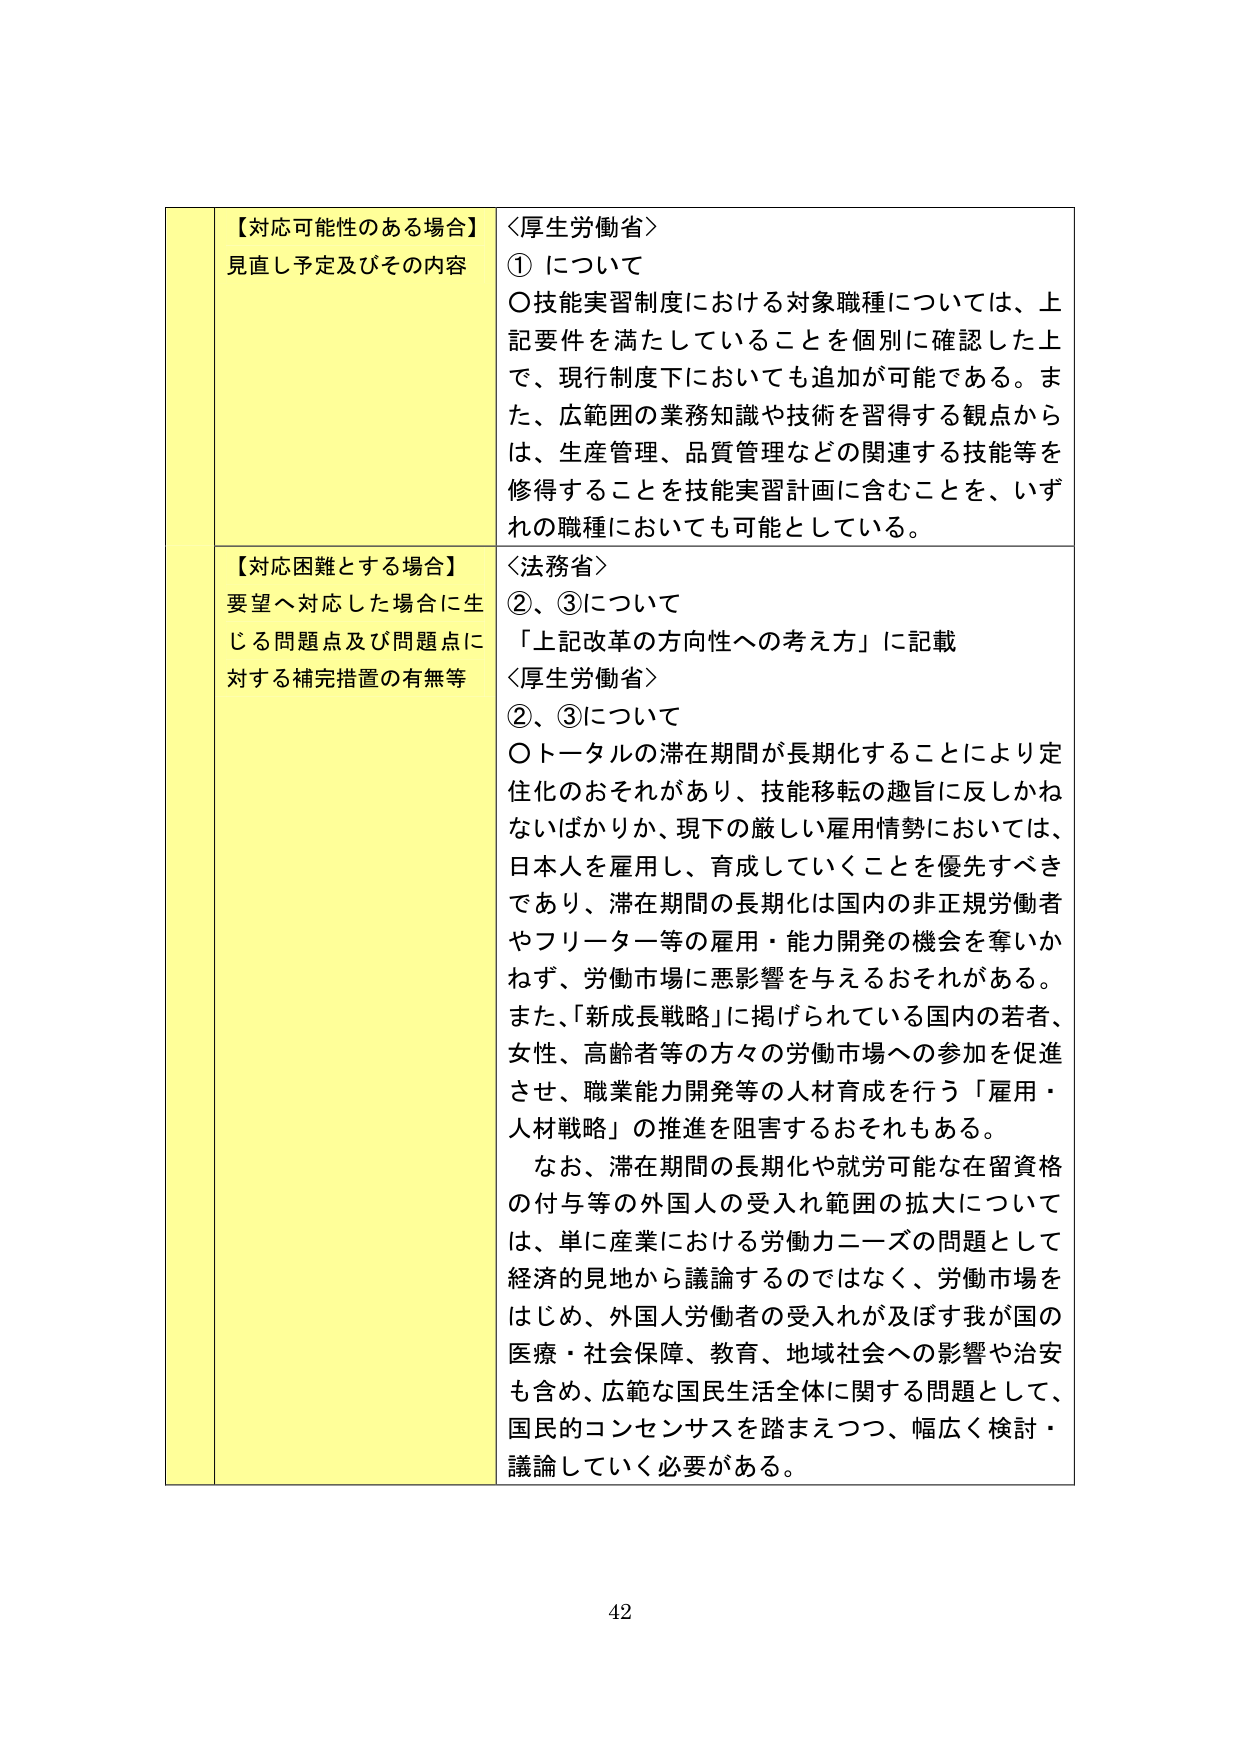
【対応可能性のある場合】
見直し予定及びその内容

＜厚生労働省＞
① について
〇技能実習制度における対象職種については、上記要件を満たしていることを個別に確認した上で、現行制度下においても追加が可能である。また、広範囲の業務知識や技術を習得する観点からは、生産管理、品質管理などの関連する技能等を修得することを技能実習計画に含むことを、いずれの職種においても可能としている。

【対応困難とする場合】
要望へ対応した場合に生じる問題点及び問題点に対する補完措置の有無等

＜法務省＞
②、③について
「上記改革の方向性への考え方」に記載

＜厚生労働省＞
②、③について
〇トータルの滞在期間が長期化することにより定住化のおそれがあり、技能移転の趣旨に反しかねないばかりか、現下の厳しい雇用情勢においては、日本人を雇用し、育成していくことを優先すべきであり、滞在期間の長期化は国内の非正規労働者やフリーター等の雇用・能力開発の機会を奪いかねず、労働市場に悪影響を与えるおそれがある。
また、「新成長戦略」に掲げられている国内の若者、女性、高齢者等の方々の労働市場への参加を促進させ、職業能力開発等の人材育成を行う「雇用・人材戦略」の推進を阻害するおそれもある。
なお、滞在期間の長期化や就労可能な在留資格の付与等の外国人の受入れ範囲の拡大については、単に産業における労働力ニーズの問題として経済的見地から議論するのではなく、労働市場をはじめ、外国人労働者の受入れが及ぼす我が国の医療・社会保障、教育、地域社会への影響や治安も含め、広範な国民生活全体に関する問題として、国民のコンセンサスを踏まえつつ、幅広く検討・議論していく必要がある。

42